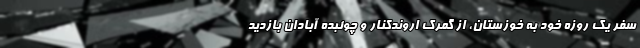
سفر یک روزه خود به خوزستان، از گمرک اروندکنار و چوئبده آبادان بازدید